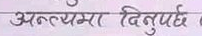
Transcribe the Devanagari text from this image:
अन्त्यमा दिनुपर्दछ